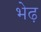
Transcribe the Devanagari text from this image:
भेढ़